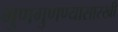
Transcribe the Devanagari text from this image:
गुणगुणण्यासारखी